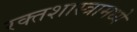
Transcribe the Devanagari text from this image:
रक्तशास्त्रामध्ये